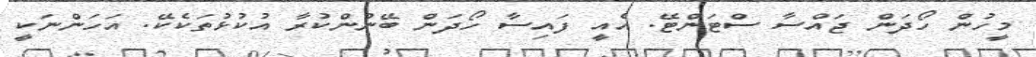
މީހުން ހޯދަން ޖައްސާ ސްޓަންޓޭ. އެއީ ފައިސާ ހޯދަން ބޭނުންކުރާ އުކުޅުތަކެކޭ. އަހަންނަކީ